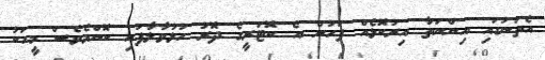
އެތަނުގައި އިންނަތާ އިރުކޮޅެއް ފަހުން އެ ކޮޓަރީގެ ދޮރު ހުޅުވާލާފައި ކޮންމެވެސް މީހަކު